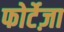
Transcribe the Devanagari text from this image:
फोर्टेज़ा